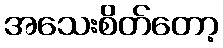
အသေးစိတ်တော့